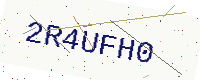
Text: 2R4UFH0